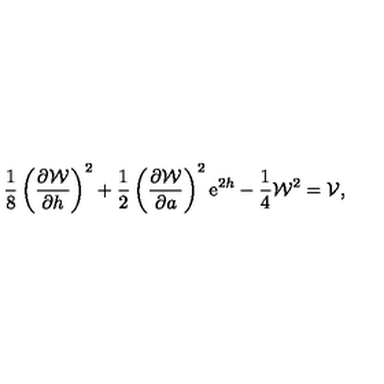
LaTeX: \frac { 1 } { 8 } \left( \frac { \partial { \cal W } } { \partial h } \right) ^ { 2 } + \frac { 1 } { 2 } \left( \frac { \partial { \cal W } } { \partial a } \right) ^ { 2 } \mathrm { e } ^ { 2 h } - \frac { 1 } { 4 } { \cal W } ^ { 2 } = { \cal V } ,